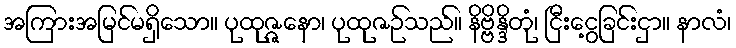
အကြားအမြင်မရှိသော။ ပုထုဇ္ဇနော၊ ပုထုဇဉ်သည်။ နိဗ္ဗိန္ဒိတုံ၊ ငြီးငွေ့ခြင်းငှာ။ နာလံ၊